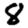
Digit: 8